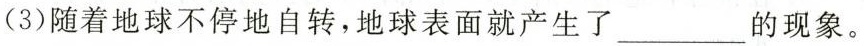
(3)随着地球不停地自转，地球表面就产生了___的现象。